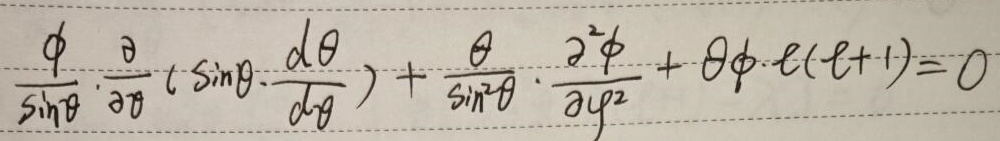
\[
\frac{\phi}{\sin\theta} \cdot \frac{\partial}{\partial\theta} \left( \sin\theta \cdot \frac{d\theta}{d\varphi} \right) + \frac{\theta}{\sin^{2}\theta} \cdot \frac{\partial^{2}\phi}{\partial\varphi^{2}} + \theta\phi \cdot \ell(\ell + 1) = 0
\]